Document type: Enfranchisement
Year: 1297
Scribe: Jaume de Trilla
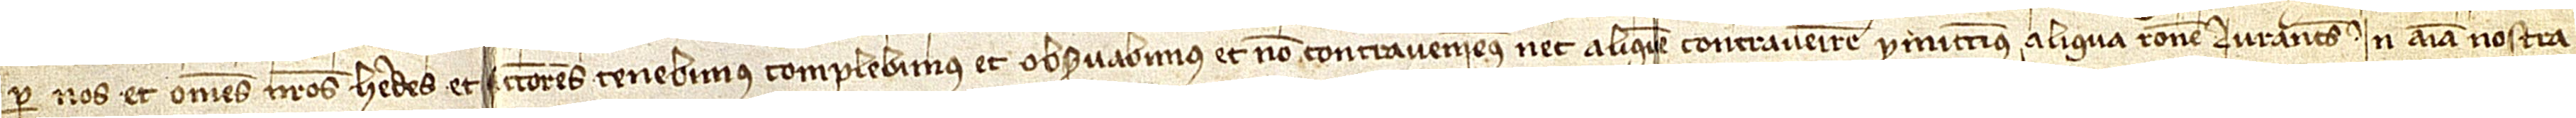
per nos et omnes nostros heredes et successores tenebimus, complebimus et observabimus et non contraveniemus nec aliquem contravenire promittimus aliqua ratione. Iurantes in anima nostra